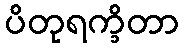
ပိတုရက္ခိတာ